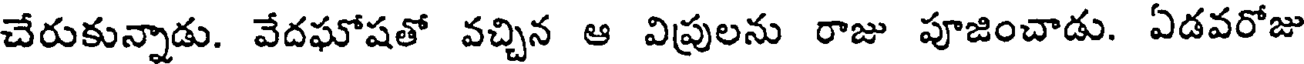
చేరుకున్నాడు. వేదఘోషతో వచ్చిన ఆ విప్రులను రాజు పూజించాడు. ఏడవరోజు